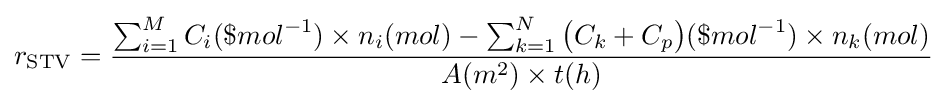
r_{\mathrm {STV} }={\frac {{\textstyle \sum _{i=1}^{M}\displaystyle C_{i}(\$mol^{-1})\times n_{i}(mol)}-{\textstyle \sum _{k=1}^{N}\displaystyle {\bigl (}C_{k}+C_{p}{\bigr )}(\$mol^{-1})\times n_{k}(mol)}}{A(m^{2})\times t(h)}}{}